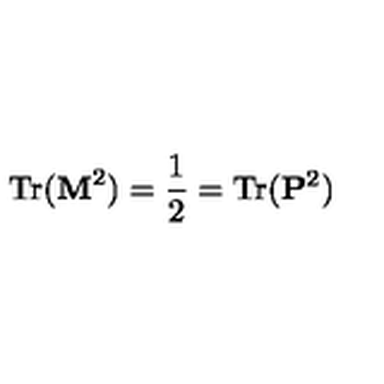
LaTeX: \mathrm { T r } ( { \bf M } ^ { 2 } ) = { \frac { 1 } { 2 } } = \mathrm { T r } ( { \bf P } ^ { 2 } ) \,